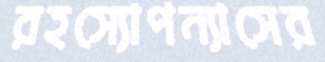
রহস্যোপন্যাসের